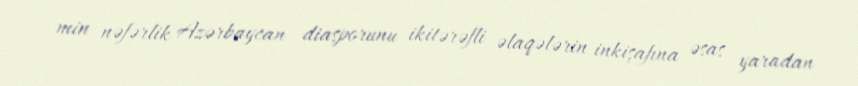
min nəfərlik Azərbaycan diasporunu ikitərəfli əlaqələrin inkişafına əsas yaradan